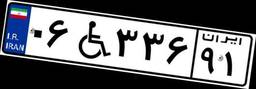
۰۶W۳۳۶۹۱